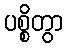
ပစ္စိတွာ